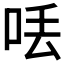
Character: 𠲍